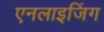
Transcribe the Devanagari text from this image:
एनलाइजिंग